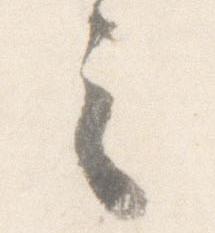
之